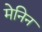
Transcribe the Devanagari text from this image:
मेनिन